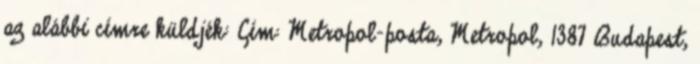
az alábbi címre küldjék: Cím: Metropol-posta, Metropol, 1387 Budapest,